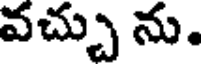
వచ్చు ను.